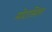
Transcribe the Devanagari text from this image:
मोटासिला